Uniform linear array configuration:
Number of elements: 64
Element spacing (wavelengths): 0.25
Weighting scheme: exponential
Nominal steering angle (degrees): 30
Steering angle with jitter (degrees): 28.787
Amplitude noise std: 0.05
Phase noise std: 0.05

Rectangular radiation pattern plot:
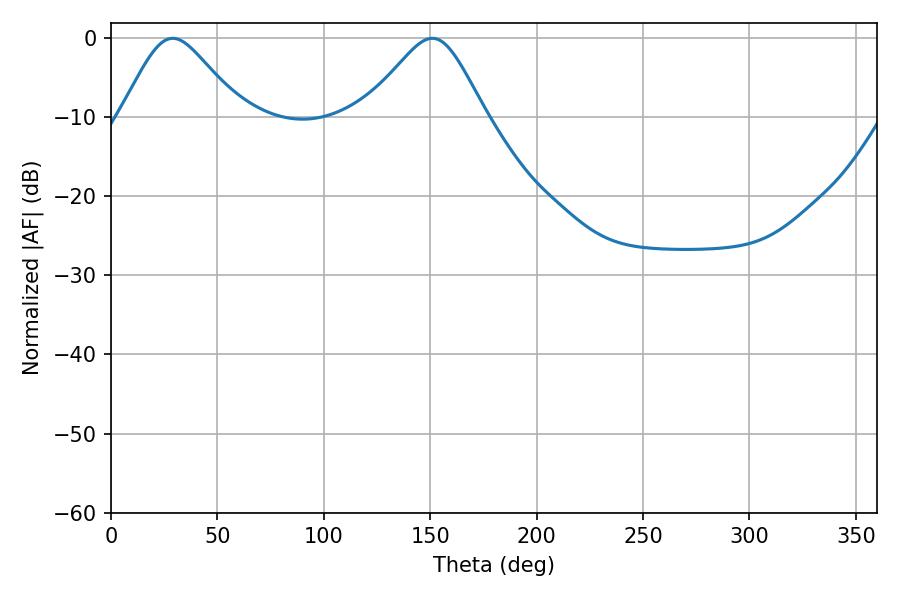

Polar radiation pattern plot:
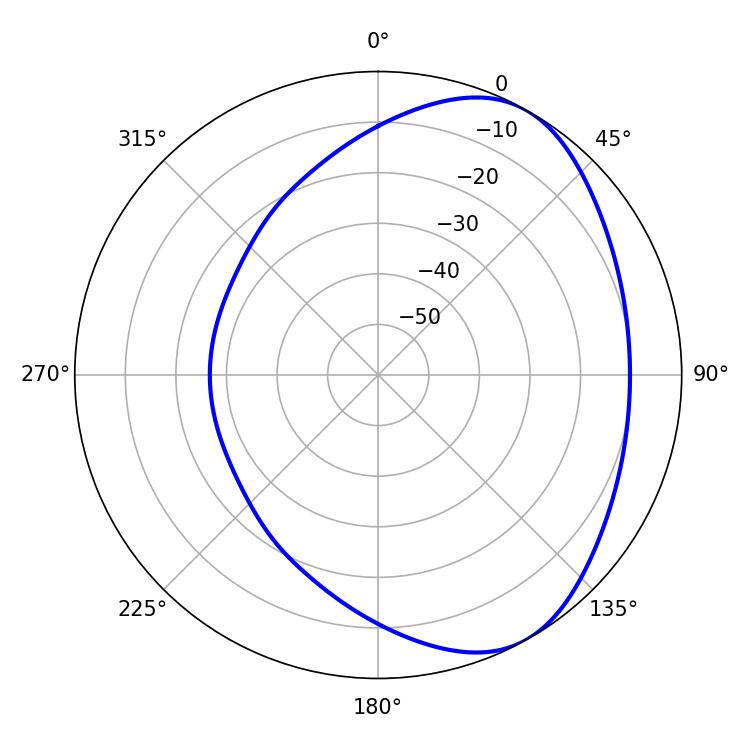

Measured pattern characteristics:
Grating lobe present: FALSE
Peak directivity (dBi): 4.879
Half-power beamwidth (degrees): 27.36
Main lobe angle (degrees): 28.98